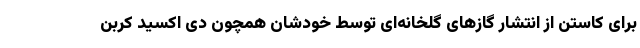
برای کاستن از انتشار گازهای گلخانه‌ای توسط خودشان همچون دی اکسید کربن